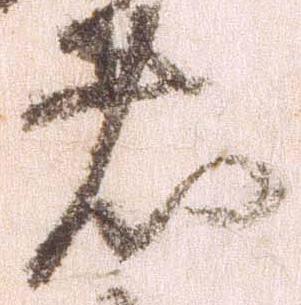
者